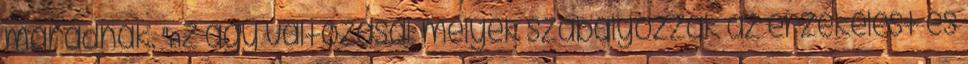
maradnak. "Az agy változásai, melyek szabályozzák az érzékelést és